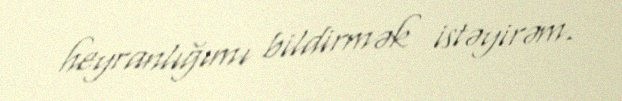
heyranlığımı bildirmək istəyirəm.